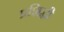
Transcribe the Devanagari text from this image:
प्रशिद्धी